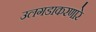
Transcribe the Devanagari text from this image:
उलगडाकरणारे